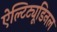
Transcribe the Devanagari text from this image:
ऐल्टिट्यूडिनल